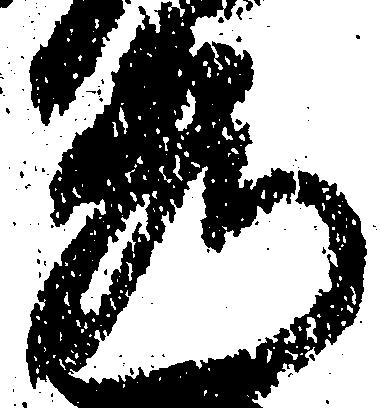
秀